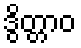
ဒွိတ္တာဝ